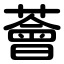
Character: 薈